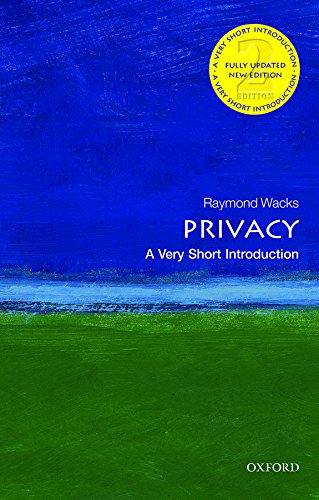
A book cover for Privacy: A Very Short Introduction (Very Short Introductions); Raymond Wacks; Law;